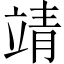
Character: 靖